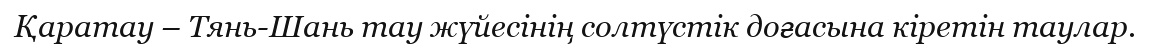
Қаратау – Тянь-Шань тау жүйесінің солтүстік доғасына кіретін таулар.